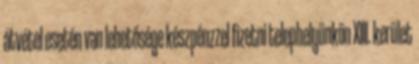
átvétel esetén van lehetősége készpénzzel fizetni telephelyünkön XIII. kerület